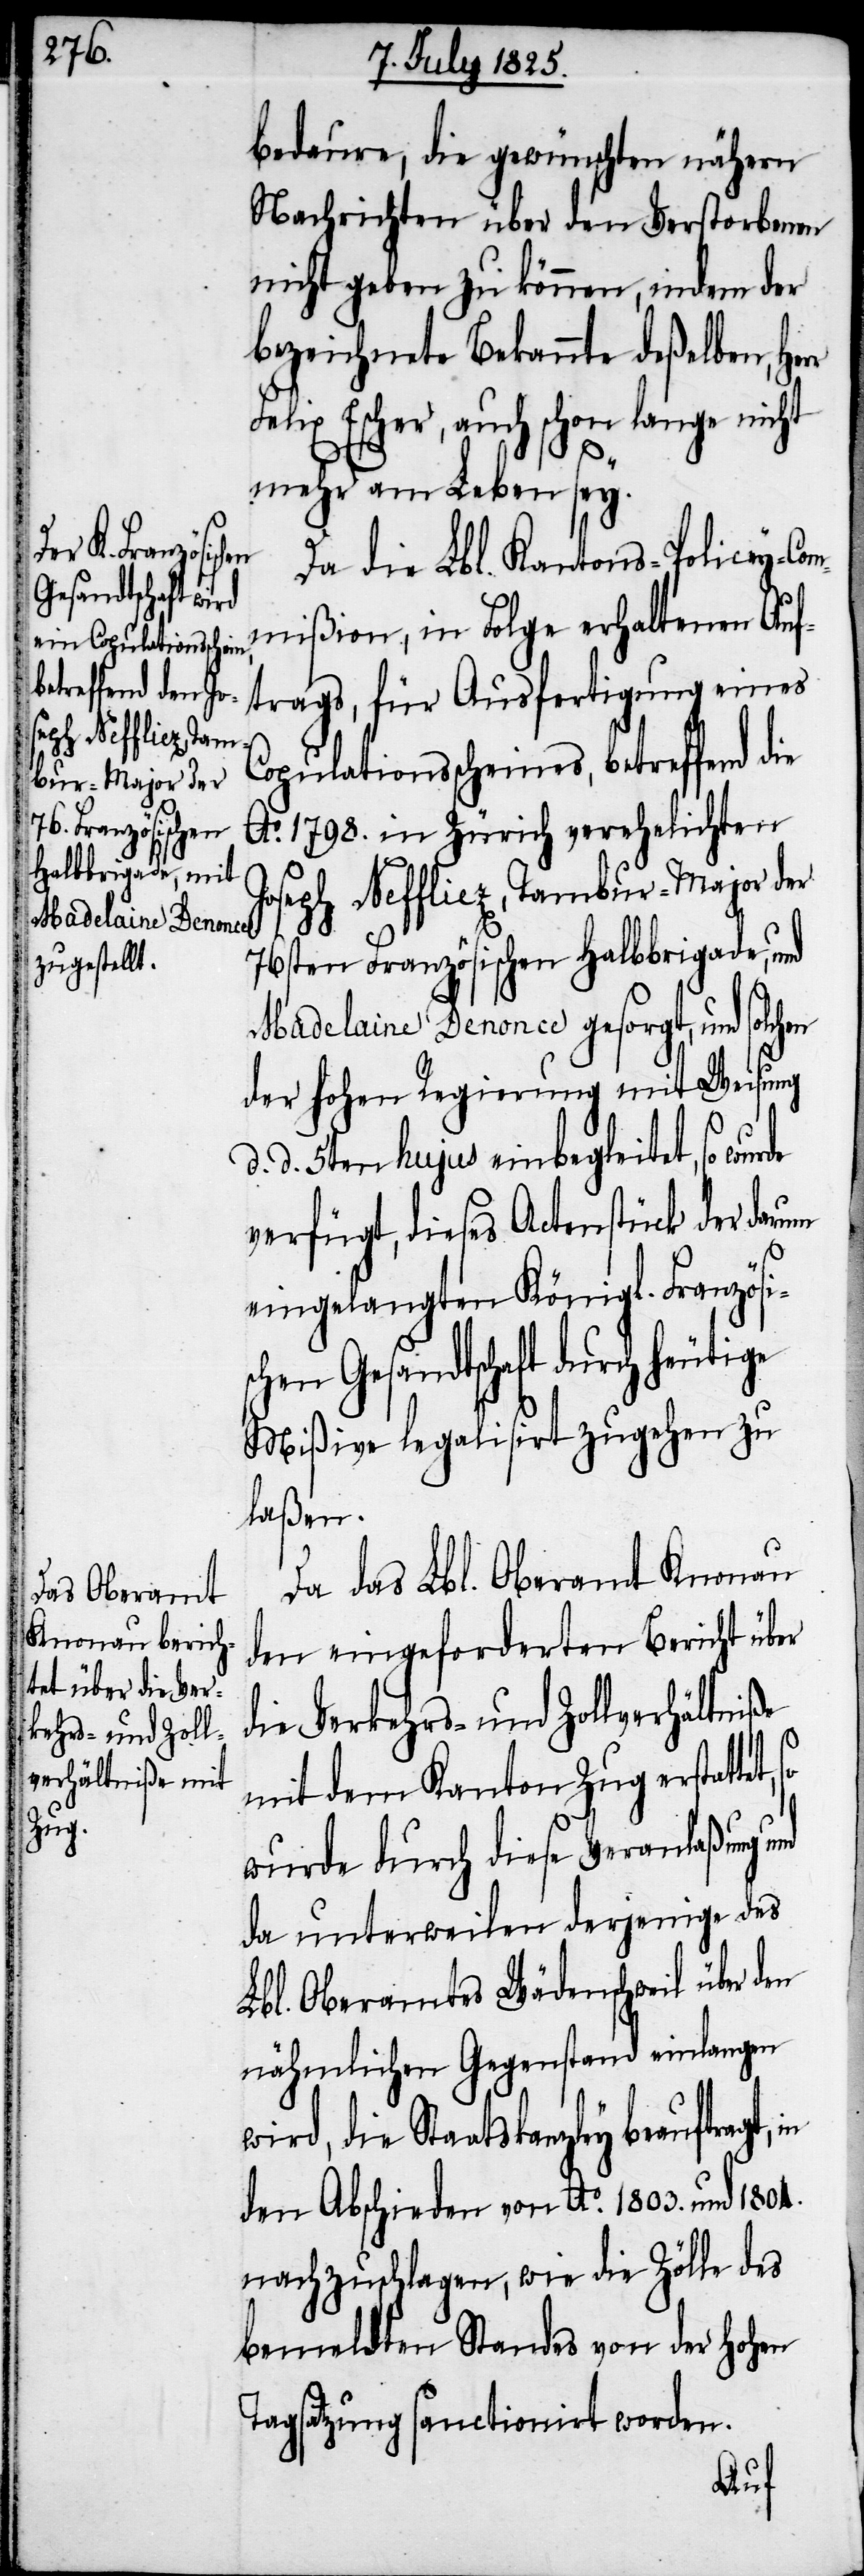
bedaure, die gewünschten nähern
Nachrichten über den Verstorbenen
nicht geben zu können, indem der
bezeichnete Bekannte deßelben,
Felix Escher, auch schon lange nicht
mehr am Leben sey.
Da die Lbl. Kantons-Policey-Com¬
mißion, in Folge erhaltenen Auf¬
trags, für Ausfertigung eines
Copulationsscheines, betreffend die
Ao. 1798. in Zürich verehelichten
Joseph Neffliez, Tambur-Major der
76sten Französischen Halbbrigade, und
Madelaine Denonce gesorgt, und solchen
der hohen Regierung mit Weisung
d. 5ten hujus einbegleitet, so
verfügt, dieses Actenstück der darum
eingelangten Königl. Französi¬
schen Gesandtschaft durch heutige
Mißive legalisirt zugehen zu
laßen.
Da das Lbl. Oberamt Knonau
den eingeforderten Bericht über
die Verkehrs- und Zollverhältniße
d.
mit dem Kanton Zug erstattet,
wurde durch diese Veranlaßung
da unterweilen derjenige des
Lbl. Oberamtes Wädenschweil über den
nähmlichen Gegenstand einlangen
wird, die Staatskanzley beauftragt,
den Abschieden von Ao. 1803. und 1804.
nachzuschlagen, wie die Zölle des
bemeldten Standes von der Hohen
Tagsatzung sanctionirt worden.